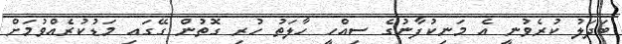
ބަދަލު ކުރެވުނީ އެ މަނިކުފާނުގެ ސިއްހީ ހާލަތު ހުރި ގޮތުން ގޭގައި މަޑުކުރެއްވުމަށް